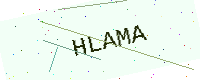
Text: HLAMA